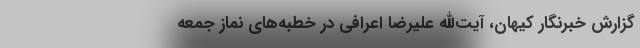
گزارش خبرنگار کیهان، آیت‌الله علیرضا اعرافی در خطبه‌های نماز جمعه